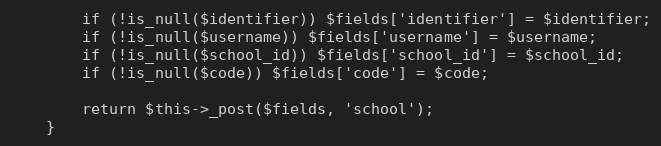
Language: PHP
        if (!is_null($identifier)) $fields['identifier'] = $identifier;
        if (!is_null($username)) $fields['username'] = $username;
        if (!is_null($school_id)) $fields['school_id'] = $school_id;
        if (!is_null($code)) $fields['code'] = $code;

        return $this->_post($fields, 'school');
    }